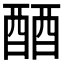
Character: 𬪪